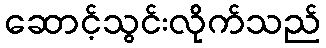
ဆောင့်သွင်းလိုက်သည်